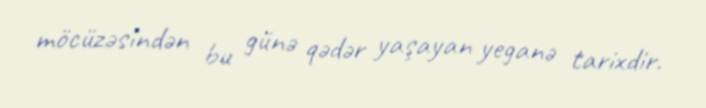
möcüzəsindən bu günə qədər yaşayan yeganə tarixdir.